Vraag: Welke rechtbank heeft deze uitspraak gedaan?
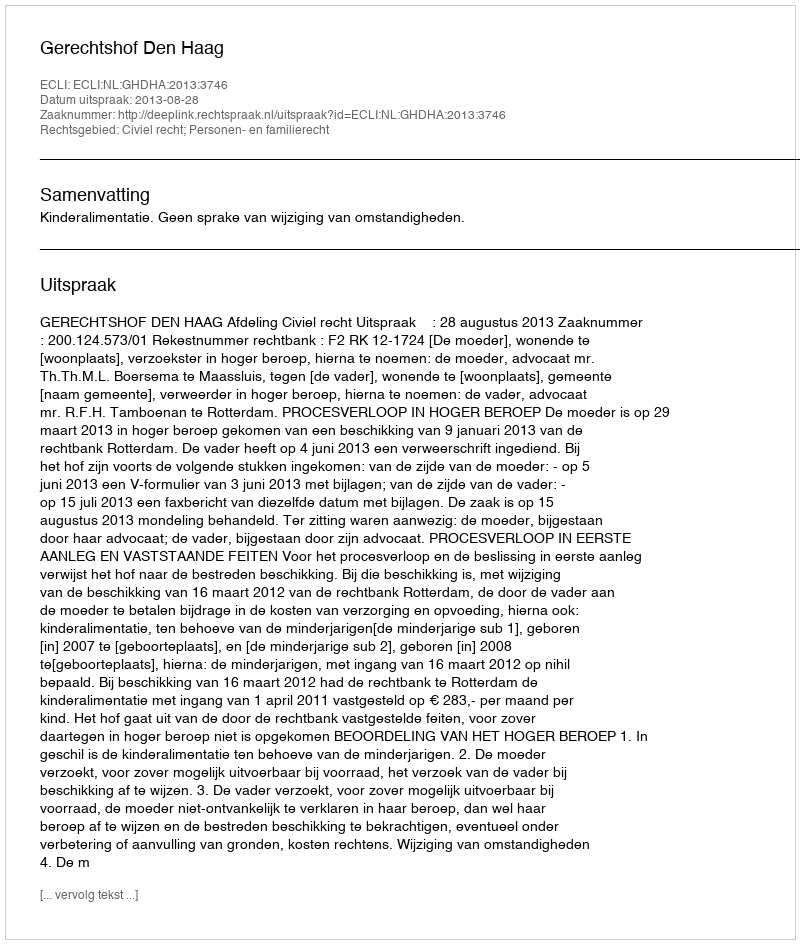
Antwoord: Gerechtshof Den Haag